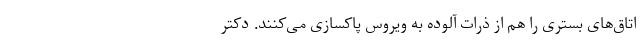
اتاق‌های بستری را هم از ذرات آلوده به ویروس پاکسازی می‌کنند. دکتر